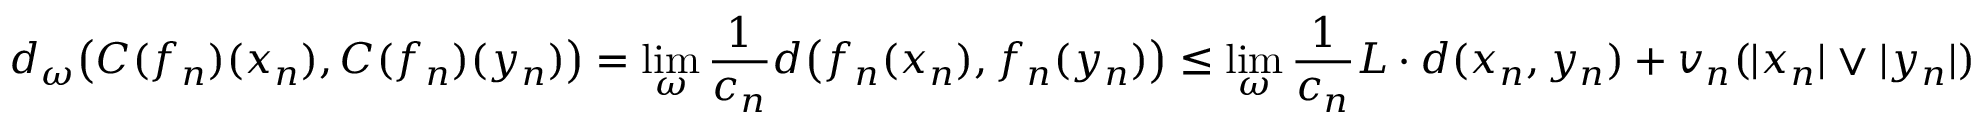
d _ { \omega } \big ( C ( f _ { n } ) ( x _ { n } ) , C ( f _ { n } ) ( y _ { n } ) \big ) = \operatorname* { l i m } _ { \omega } \frac { 1 } { c _ { n } } d \big ( f _ { n } ( x _ { n } ) , f _ { n } ( y _ { n } ) \big ) \leq \operatorname* { l i m } _ { \omega } \frac { 1 } { c _ { n } } L \cdot d ( x _ { n } , y _ { n } ) + v _ { n } ( | x _ { n } | \vee | y _ { n } | )